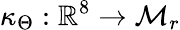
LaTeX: \kappa_{\Theta}:\mathbb{R}^{8}\to\mathcal{M}_{r}